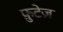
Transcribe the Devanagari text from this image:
फ़ुटेज़